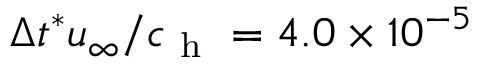
\Delta t ^ { * } u _ { \infty } / c _ { \mathrm { ~ h ~ } } = 4 . 0 \times 1 0 ^ { - 5 }